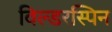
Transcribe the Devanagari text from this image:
विल्डरस्पिन